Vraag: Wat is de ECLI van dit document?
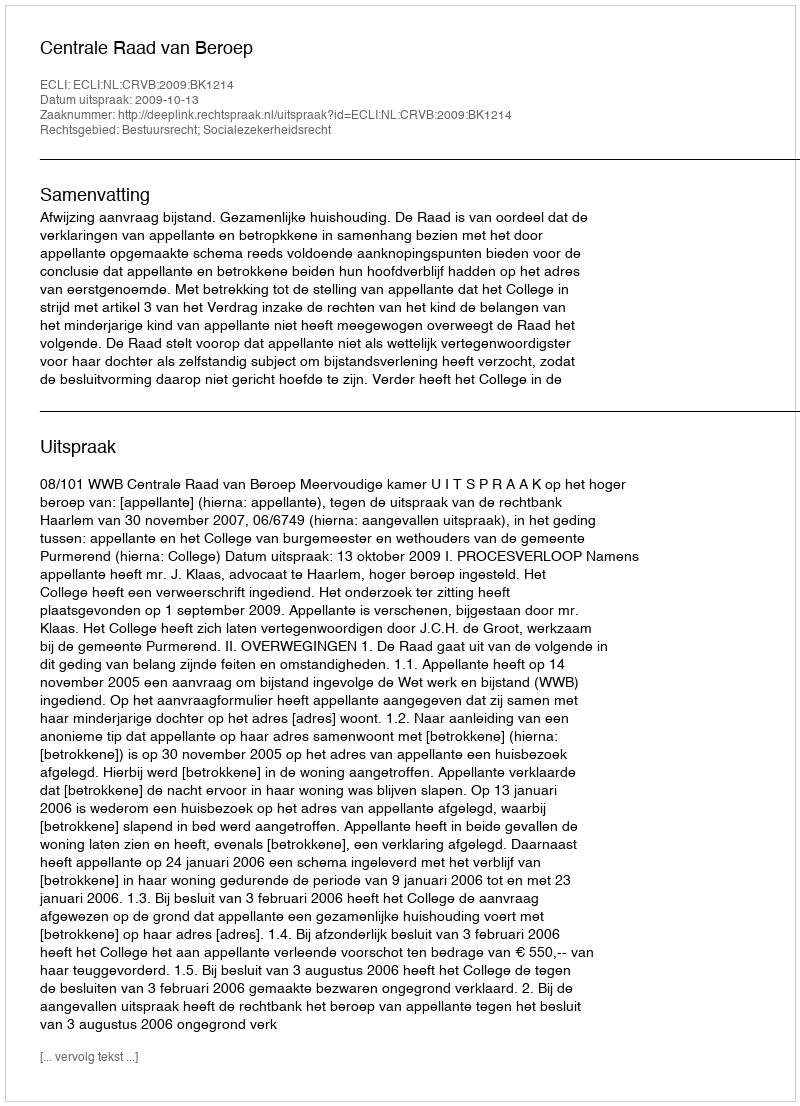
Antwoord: ECLI:NL:CRVB:2009:BK1214